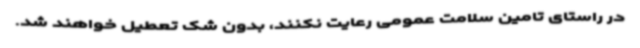
در راستای تامین سلامت عمومی رعایت نکنند، بدون شک تعطیل خواهند شد.